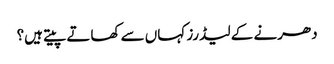
دھرنے کے لیڈرز کہاں سے کھاتے پیتے ہیں؟